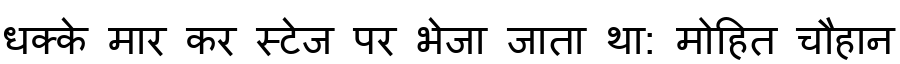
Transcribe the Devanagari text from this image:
धक्के मार कर स्टेज पर भेजा जाता था: मोहित चौहान